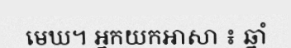
មេឃ។ អ្នកយកអាសា ៖ ឆ្នាំ